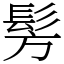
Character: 髣